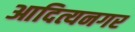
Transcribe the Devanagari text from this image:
आदित्यनगर